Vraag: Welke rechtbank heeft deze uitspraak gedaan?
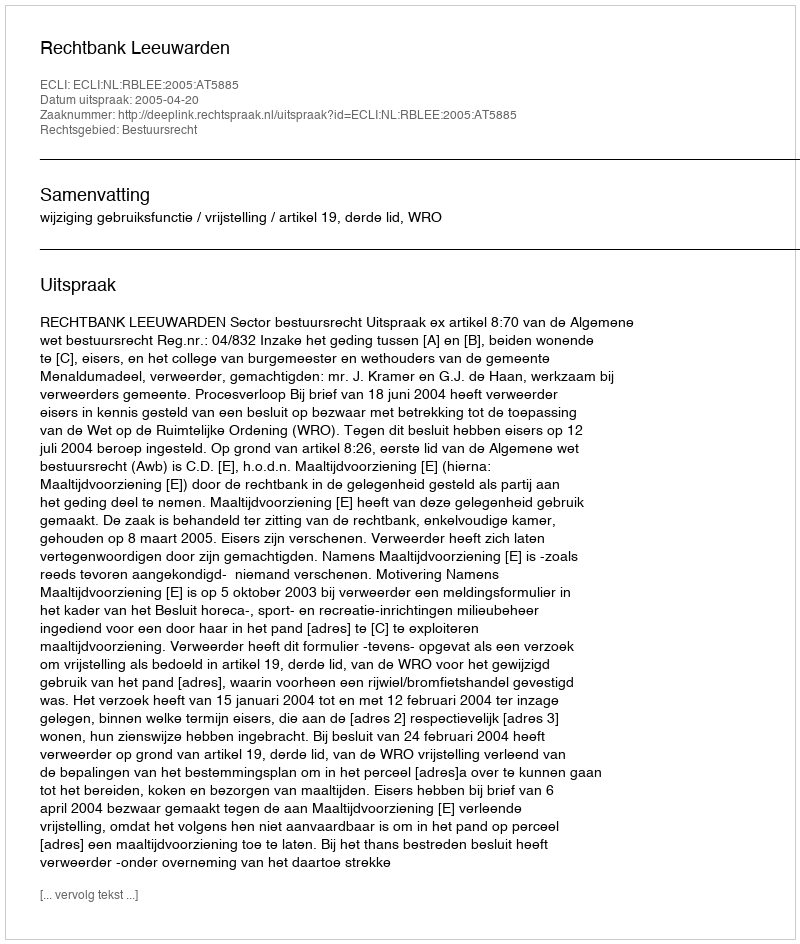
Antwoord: Rechtbank Leeuwarden